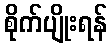
စိုက်ပျိုးရန်